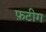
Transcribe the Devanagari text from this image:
फ़टीग